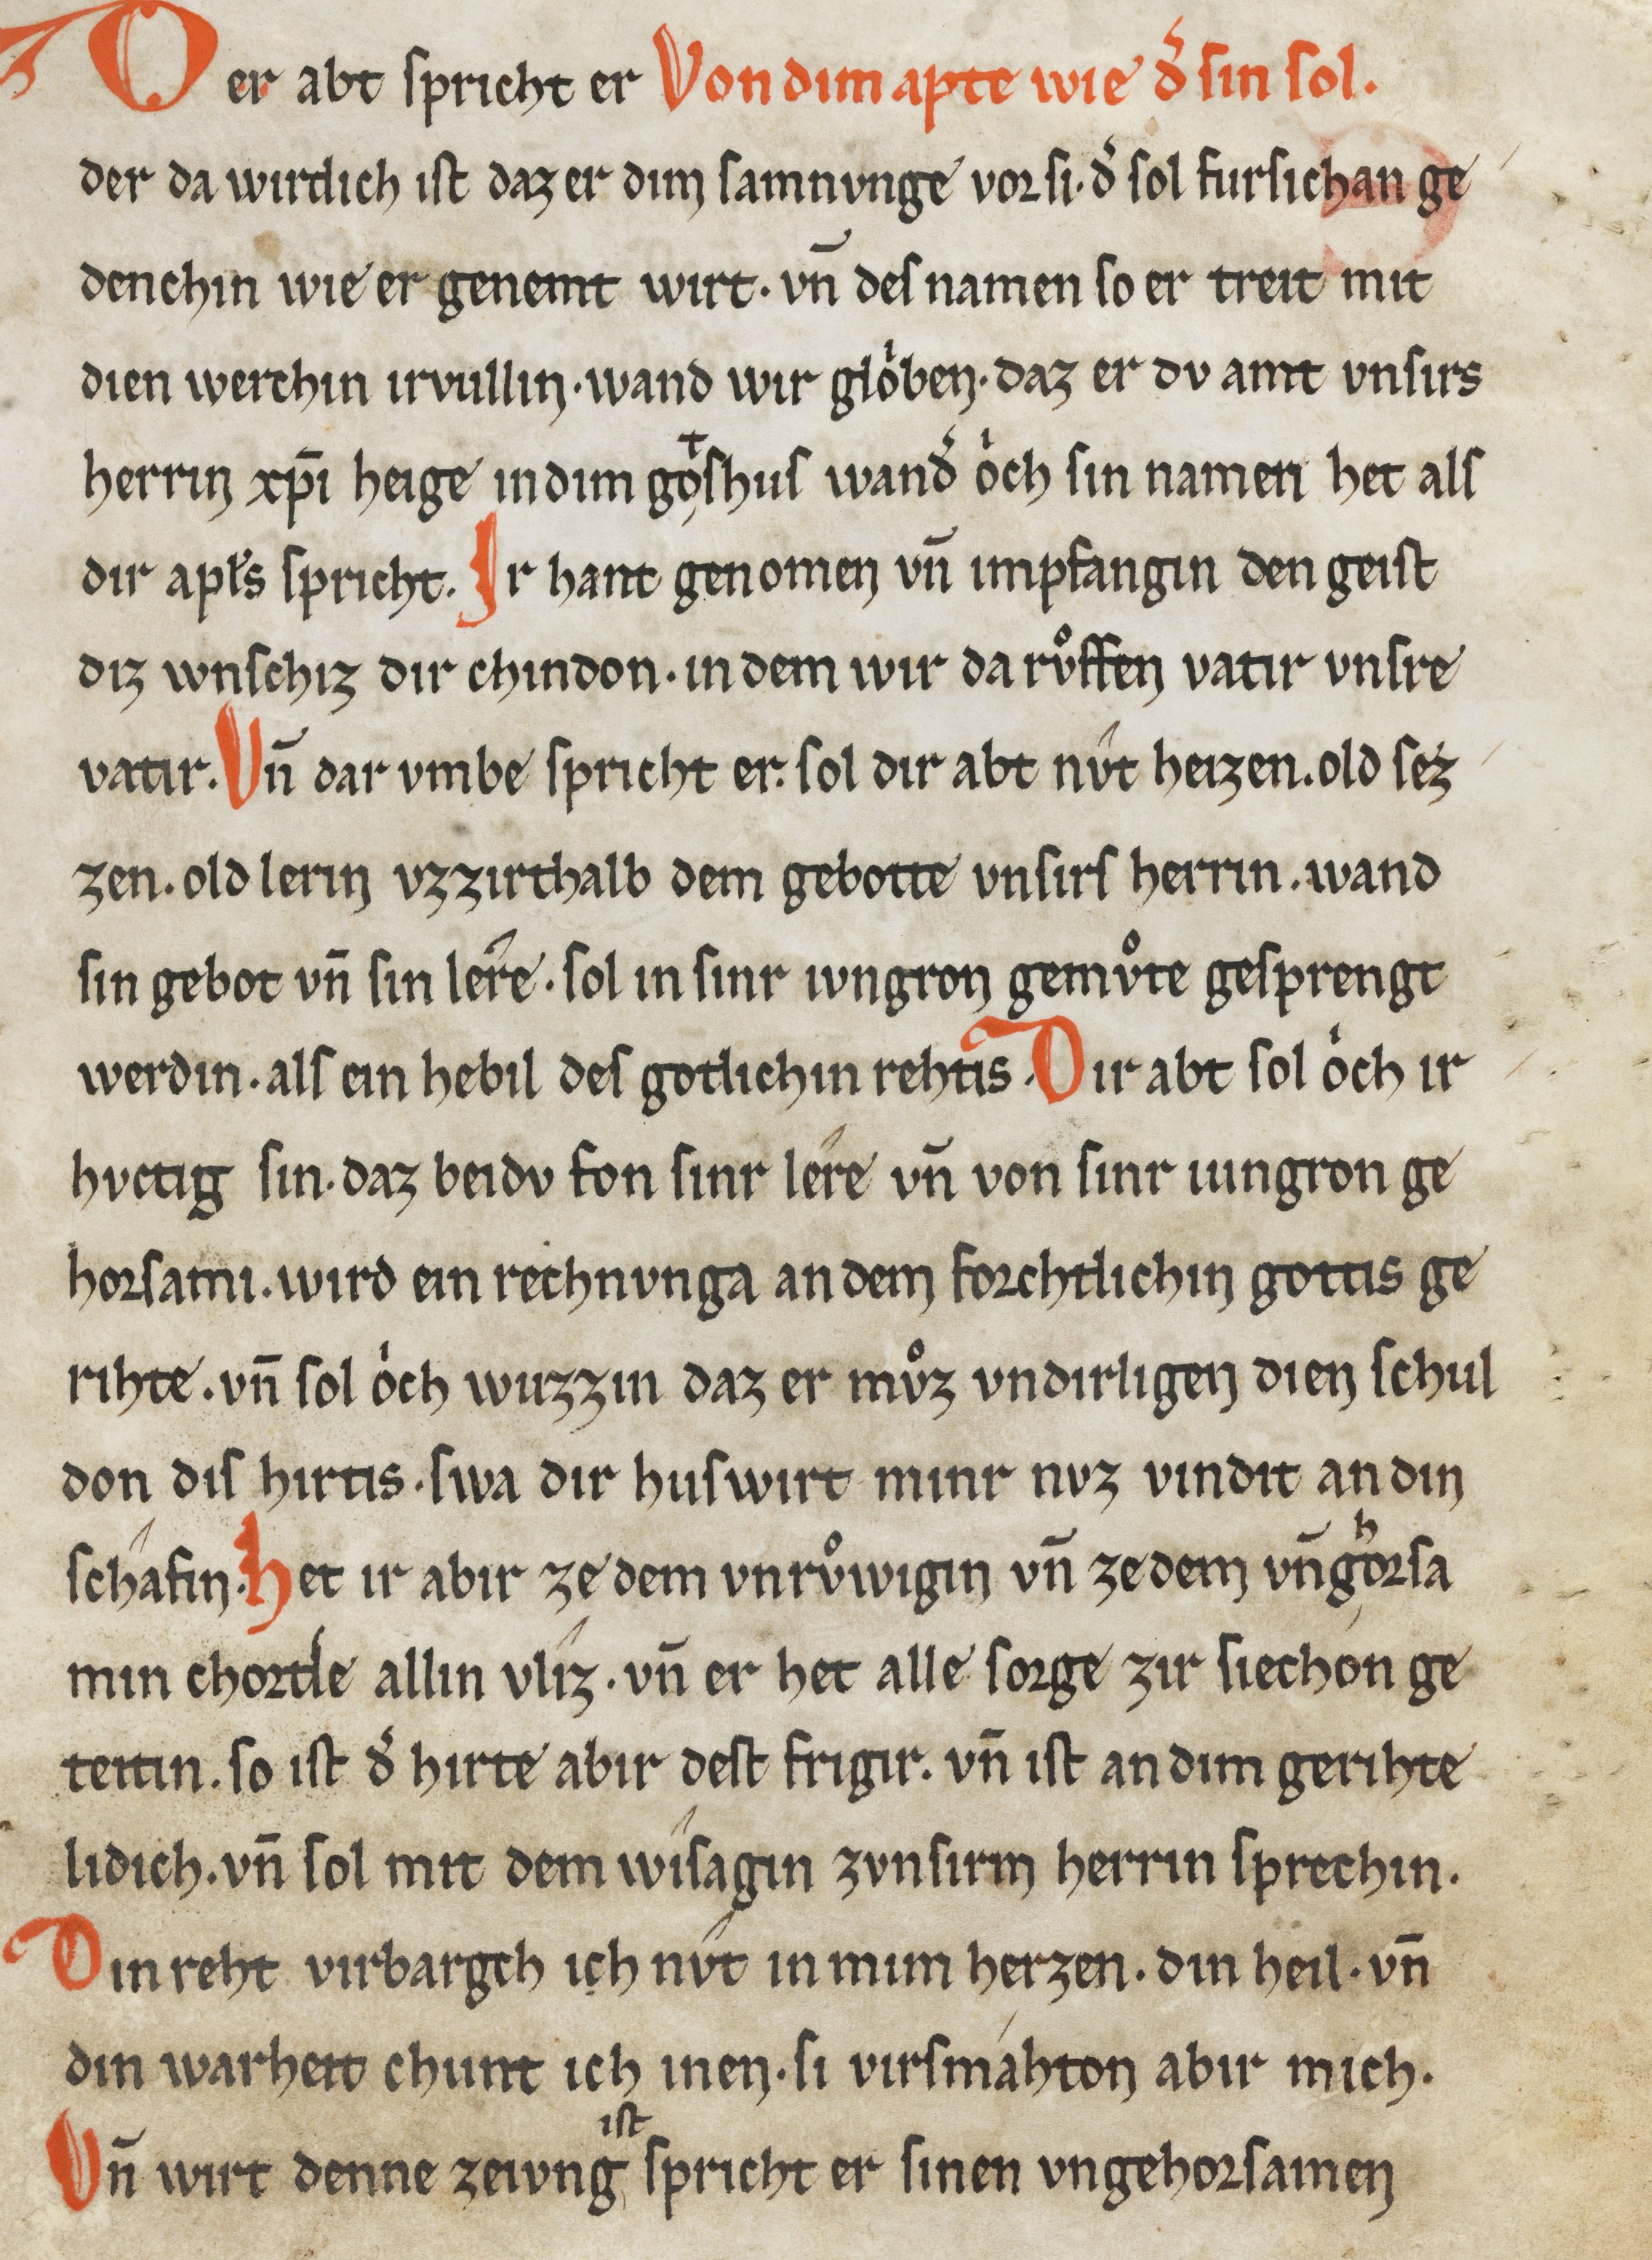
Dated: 1200–1299